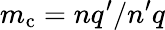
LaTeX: m_{\mathrm{c}}=nq^{\prime}/n^{\prime}q